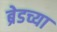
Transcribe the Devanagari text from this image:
ब्रेडच्या